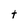
Character: t